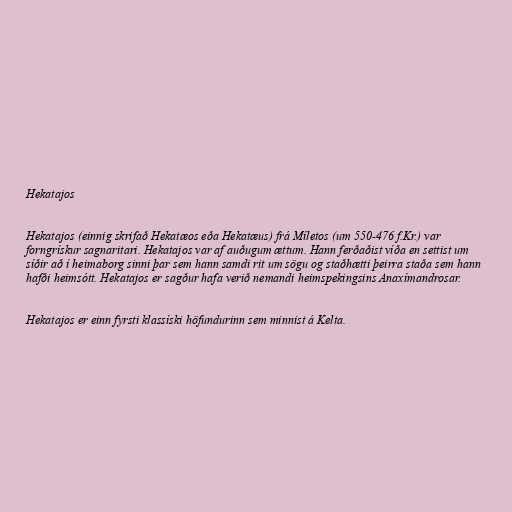
Hekatajos

Hekatajos (einnig skrifað Hekatæos eða Hekatæus) frá Míletos (um 550-476 f.Kr.) var
forngrískur sagnaritari. Hekatajos var af auðugum ættum. Hann ferðaðist víða en settist um
síðir að í heimaborg sinni þar sem hann samdi rit um sögu og staðhætti þeirra staða sem hann
hafði heimsótt. Hekatajos er sagður hafa verið nemandi heimspekingsins Anaxímandrosar.

Hekatajos er einn fyrsti klassíski höfundurinn sem minnist á Kelta.